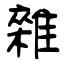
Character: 雜